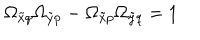
\Omega _ { \tilde { x } q } \Omega _ { \tilde { y } p } - \Omega _ { \tilde { x } p } \Omega _ { \tilde { y } q } = 1